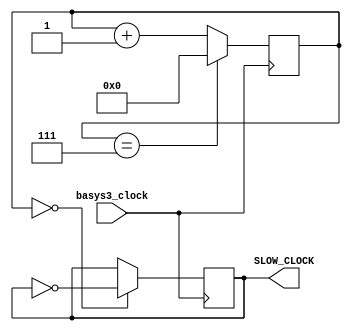
`timescale 1ns / 1ps

module clk6p25m(
    input basys3_clock,
    output reg SLOW_CLOCK = 0
    );
    
    reg [3:0] COUNT = 0;
    
    always @(posedge basys3_clock) begin
        COUNT <= (COUNT == 7)? 0 : COUNT + 1;
        SLOW_CLOCK <= (COUNT == 0)? ~SLOW_CLOCK : SLOW_CLOCK;
    end
    
endmodule